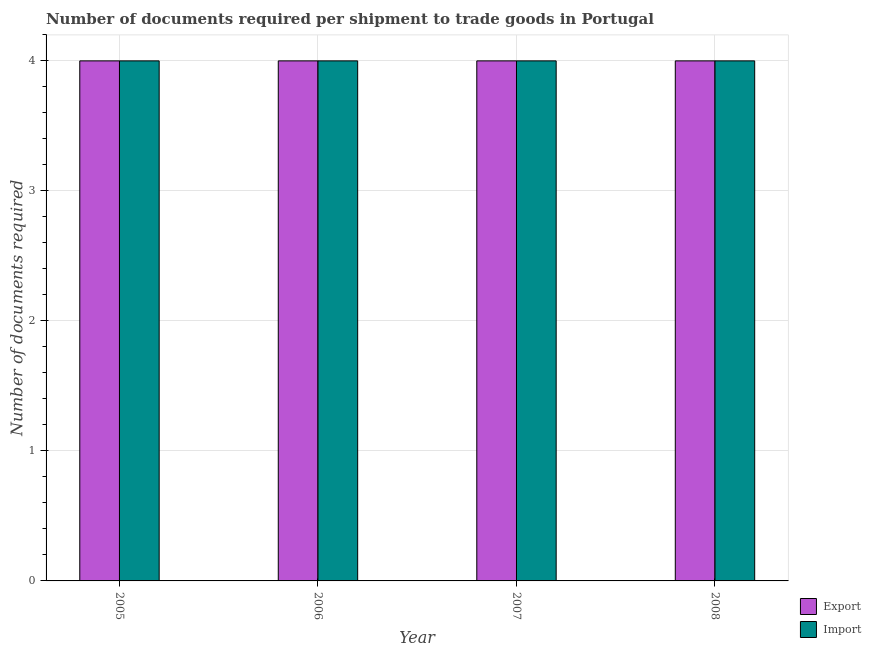
| Year | Export | Import |
 | --- | --- | --- |
 | 2005 | 4 | 4 |
 | 2006 | 4 | 4 |
 | 2007 | 4 | 4 |
 | 2008 | 4 | 4 |